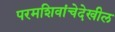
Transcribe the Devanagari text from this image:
परमशिवांचेदेखील